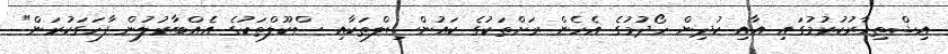
އިޝްތިހާރުކުރުމުގައި އާއި ކުދިން ހޯދުމުގެ އެހެން ރަށްތަކުގެ ކައުންސިލްތަކާއި ސްކޫލްތަކުގެ އެއްބާރުލުން ފާހަގަކުރަން"